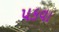
પકવા